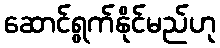
ဆောင်ရွက်နိုင်မည်ဟု